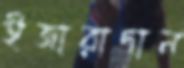
ইজারাদান